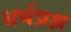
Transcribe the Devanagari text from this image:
धर्मप्रश्न